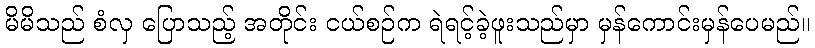
မိမိသည် စံလှ ပြောသည့် အတိုင်း ငယ်စဉ်က ရဲရင့်ခဲ့ဖူးသည်မှာ မှန်ကောင်းမှန်ပေမည်။